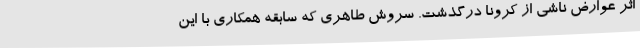
اثر عوارض ناشی از کرونا درگذشت. سروش طاهری که سابقه همکاری با این